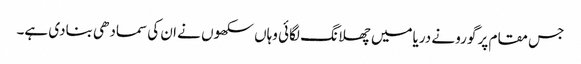
جس مقام پر گورو نے دریامیں چھلانگ لگائی وہاں سکھوں نے ان کی سمادھی بنادی ہے۔